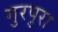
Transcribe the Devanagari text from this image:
गुरपुरा